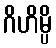
ဂိဟိမ္ပိ